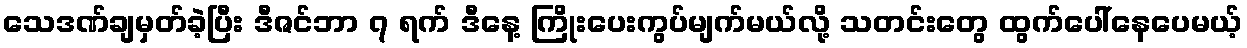
သေဒဏ်ချမှတ်ခဲ့ပြီး ဒီဇင်ဘာ ၇ ရက် ဒီနေ့ ကြိုးပေးကွပ်မျက်မယ်လို့ သတင်းတွေ ထွက်ပေါ်နေပေမယ့်